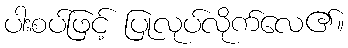
ပါးစပ်ဖြင့် ပြုလုပ်လိုက်လေ၏။